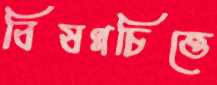
বিষণ্নচিত্তে